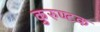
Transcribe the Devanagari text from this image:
कुरुण्टक